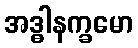
အဒ္ဓါနက္ခမော